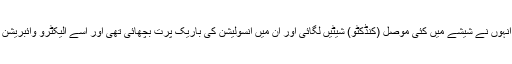
اس کے لیے انہوں نے شیشے میں کئی موصل (کنڈکٹو) شیٹیں لگائی اور ان میں انسولیشن کی باریک پرت بچھائی تھی اور اسے الیکٹرو وائبریشن کا نام دیا تھا۔